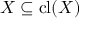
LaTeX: X \subseteq \operatorname { c l } ( X )